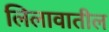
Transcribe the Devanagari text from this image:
लिलावातील